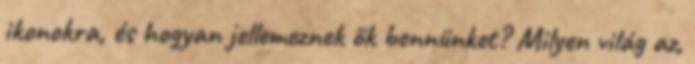
ikonokra, és hogyan jellemeznek ők bennünket? Milyen világ az,